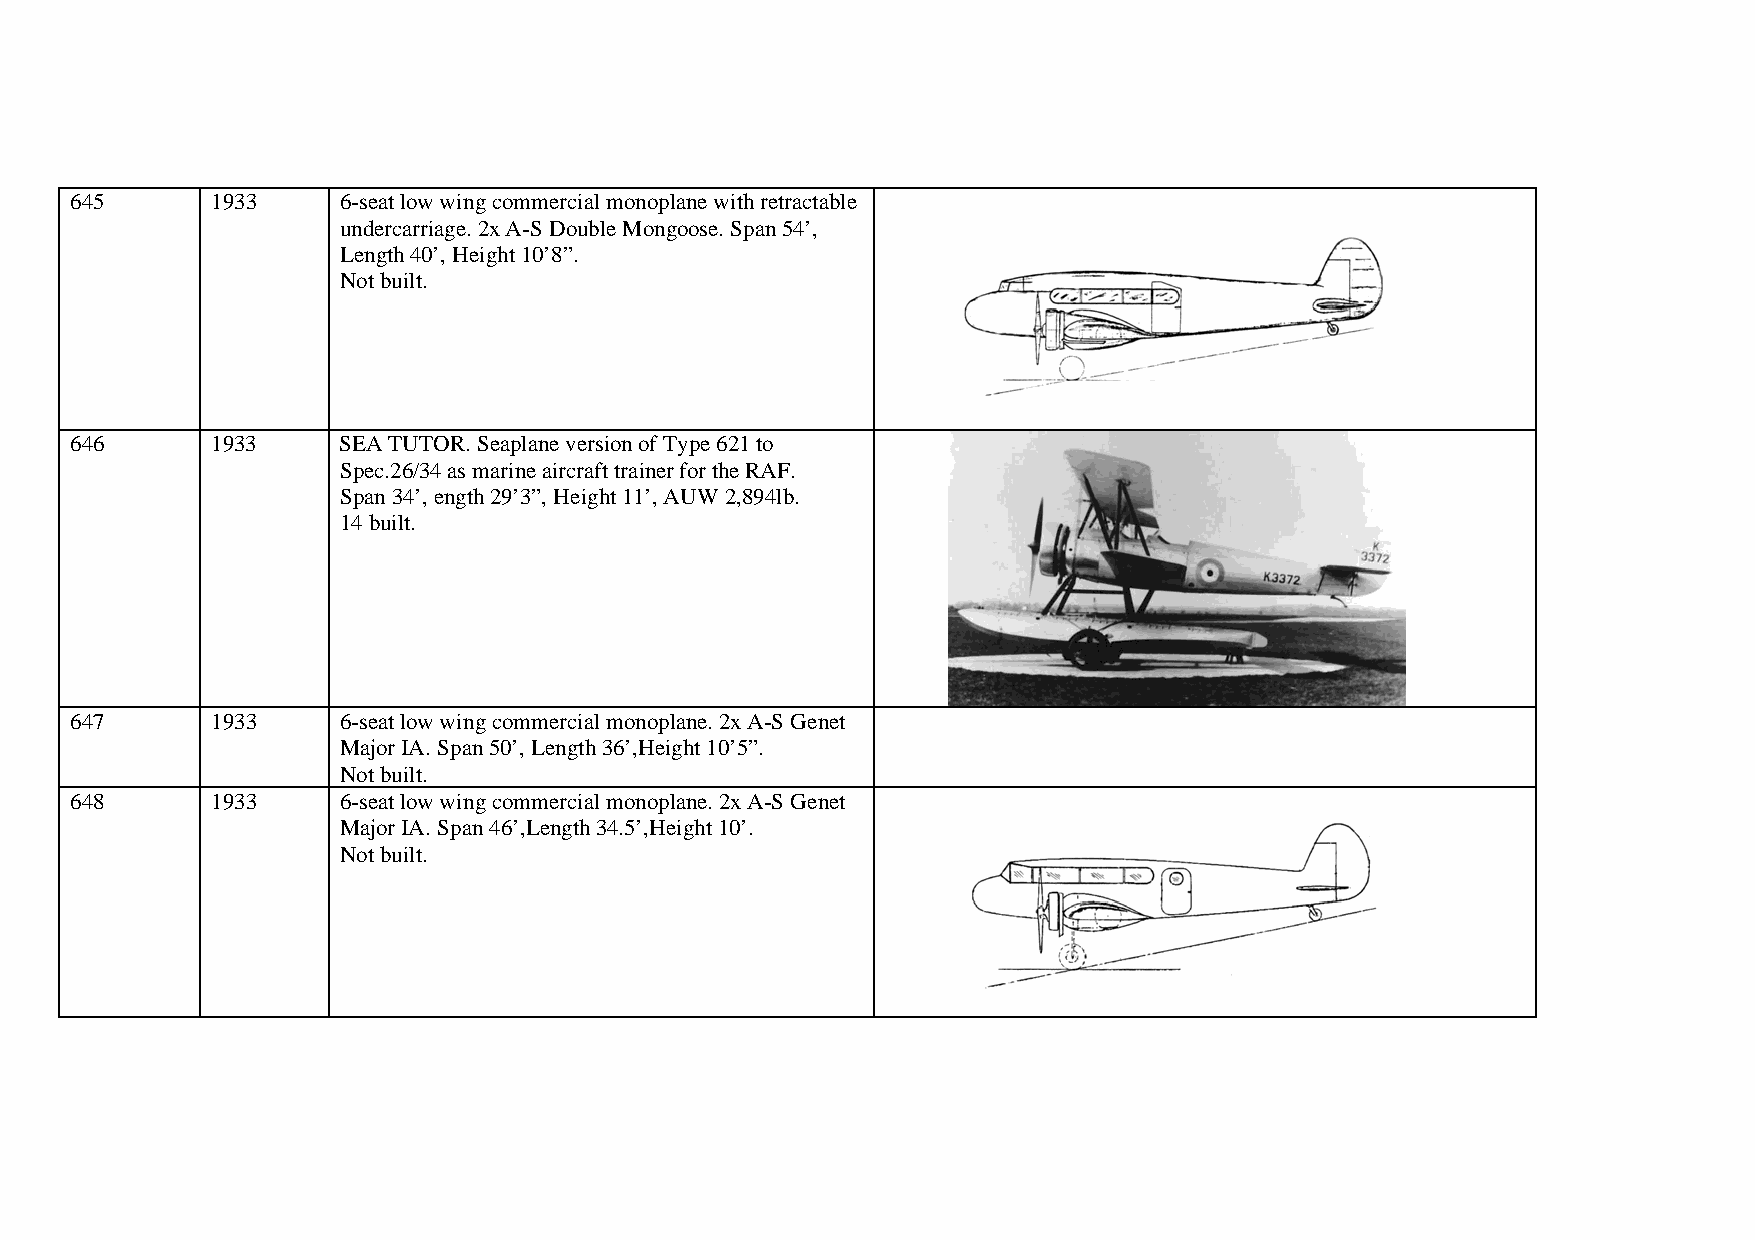
645      1933    6-seat low wing commercial monoplane with retractable
 undercarriage. 2x A-S Double Mongoose. Span 54’,
 Length 40’, Height 10’8”.
 Not built.
 646      1933    SEA TUTOR. Seaplane version of Type 621 to
 Spec.26/34 as marine aircraft trainer for the RAF.
 Span 34’, ength 29’3”, Height 11’, AUW 2,894lb.
 14 built.
 647      1933    6-seat low wing commercial monoplane. 2x A-S Genet
 Major IA. Span 50’, Length 36’,Height 10’5”.
 Not built.
 648      1933    6-seat low wing commercial monoplane. 2x A-S Genet
 Major IA. Span 46’,Length 34.5’,Height 10’.
 Not built.